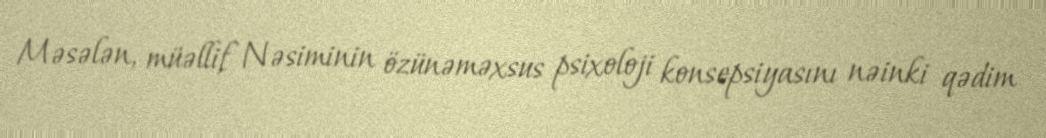
Məsələn, müəllif Nəsiminin özünəməxsus psixoloji konsepsiyasını nəinki qədim